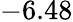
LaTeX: -6.48